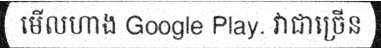
មើលហាង Google Play. វាជាច្រើន